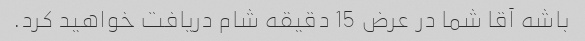
باشه آقا شما در عرض 15 دقیقه شام ​​دریافت خواهید کرد.